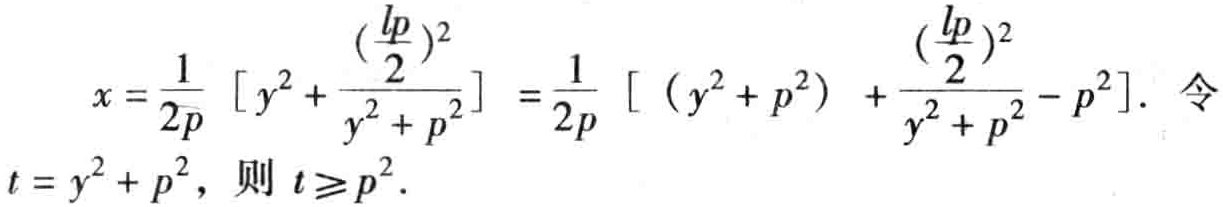
\[
x = \frac{1}{2p} \left[ y^{2} + \frac{(\frac{lp}{2})^{2}}{y^{2}+p^{2}} \right] = \frac{1}{2p} \left[ (y^{2}+p^{2}) + \frac{(\frac{lp}{2})^{2}}{y^{2}+p^{2}} - p^{2} \right]. \text{ 令 }
t = y^{2}+p^{2}，\text{ 则 } t \geqslant p^{2}.
\]